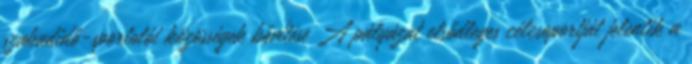
szabadidő-sportolói közösségek bővítése A pályázat elsődleges célcsoportját jelentik a